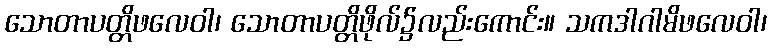
သောတာပတ္တိဖလေဝါ၊ သောတာပတ္တိဖိုလ်၌လည်းကောင်း။ သကဒါဂါမိဖလေဝါ၊